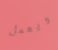
ويعمل